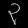
Digit: ၃